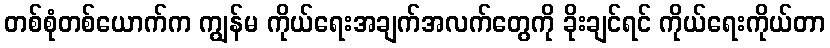
တစ်စုံတစ်ယောက်က ကျွန်မ ကိုယ်ရေးအချက်အလက်တွေကို ခိုးချင်ရင် ကိုယ်ရေးကိုယ်တာ